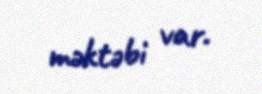
məktəbi var.